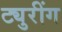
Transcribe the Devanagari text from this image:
ट्युरींग